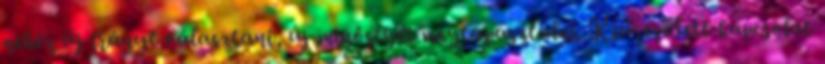
nehéz új irányt választani, új minőséget megtapasztalni. Kiüresedett kapcsolat